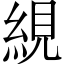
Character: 絸